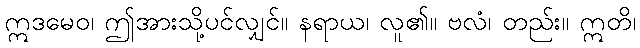
ဣဒမေဝ၊ ဤအားသို့ပင်လျှင်။ နရာယ၊ လူ၏။ ဗလံ၊ တည်း။ ဣတိ၊